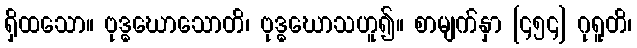
ရှိထသော။ ဗုဒ္ဓဃောသောတိ၊ ဗုဒ္ဓဃောသဟူ၍။ စာမျက်နှာ [၄၅၄] ဂုရူတိ၊